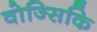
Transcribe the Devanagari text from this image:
वोज्सिकि